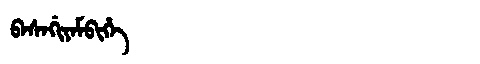
Manchu: ᠪᠠᠰᠠᡤᡳᠶᠠᠮᠪᡳᡥᡝ
Romanization: BASAGIYAMBIHE